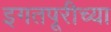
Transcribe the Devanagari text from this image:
इगतपूरीच्या